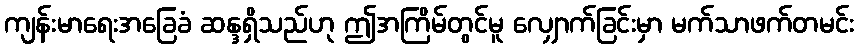
ကျန်းမာရေးအခြေခံ ဆန္ဒရှိသည်ဟု ဤအကြိမ်တွင်မူ လျှောက်ခြင်းမှာ မက်သာဖက်တမင်း